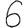
Digit: 6